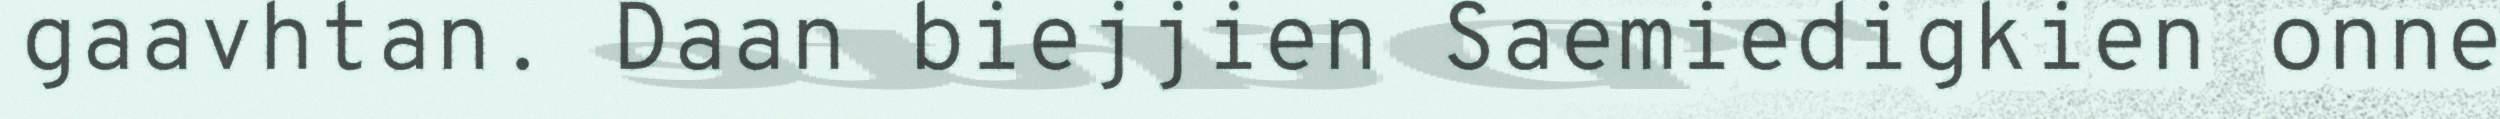
gaavhtan. Daan biejjien Saemiedigkien onne